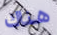
هناك